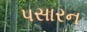
પસારન